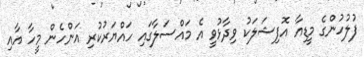
ފުލުހުންގެ މީޑިއާ އޮފިޝަލަކު ވިދާޅުވީ އެ މައްސަލާގައި ހައްޔަރުކުރި އަންހެން މީހާ އާއި